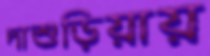
দাশুড়িয়ায়